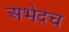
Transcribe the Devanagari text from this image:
अभेदच